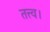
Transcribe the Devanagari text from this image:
तत्त्व।